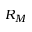
R _ { M }